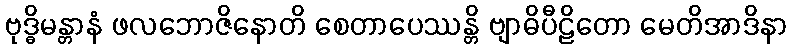
ဗုဒ္ဓိမန္တာနံ ဖလဘောဇိနောတိ စေတာပေဿန္တိ ဗျာဓိပီဠိတော မေတိအာဒိနာ